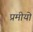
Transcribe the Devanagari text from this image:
प्रमीयो